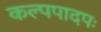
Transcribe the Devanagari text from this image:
कल्पपादपः